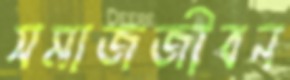
সমাজজীবন